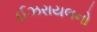
ઈઝરાયલનો